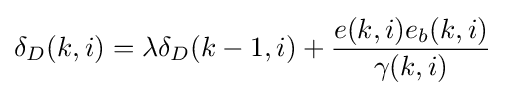
\delta _{D}(k,i)=\lambda \delta _{D}(k-1,i)+{\frac {e(k,i)e_{b}(k,i)}{\gamma (k,i)}}